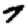
Digit: 7